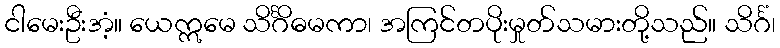
ငါမေးဦးအံ့။ ယေဣမေ သိင်္ဂိဓမကာ၊ အကြင်တပိုးမှုတ်သမားတို့သည်။ သိင်္ဂံ၊